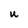
Character: u